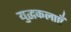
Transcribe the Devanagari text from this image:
युद्धकलाएँ